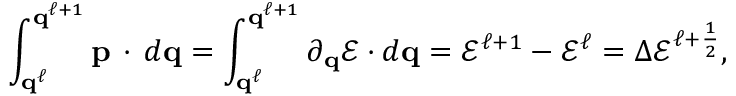
\int _ { \mathbf { q } ^ { \ell } } ^ { \mathbf { q } ^ { \ell + 1 } } \mathbf { p } \, \cdot \, d \mathbf { q } = \int _ { \mathbf { q } ^ { \ell } } ^ { \mathbf { q } ^ { \ell + 1 } } \partial _ { \mathbf { q } } \mathcal { E } \cdot d \mathbf { q } = \mathcal { E } ^ { \ell + 1 } - \mathcal { E } ^ { \ell } = \Delta \mathcal { E } ^ { \ell + \frac { 1 } { 2 } } ,